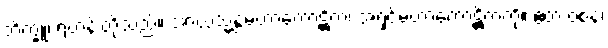
ဘိက္ခူ၊ ရဟန်းတို့သည်။ အာယသ္မန္တံမဟာကောဋ္ဌိကံ၊ အရှင်မဟာကောဋ္ဌိကကို။ ဧတံ ဝစနံ၊